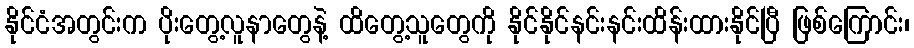
နိုင်ငံအတွင်းက ပိုးတွေ့လူနာတွေနဲ့ ထိတွေ့သူတွေကို နိုင်နိုင်နင်းနင်းထိန်းထားနိုင်ပြီ ဖြစ်ကြောင်း၊